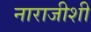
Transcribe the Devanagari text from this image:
नाराजीशी